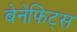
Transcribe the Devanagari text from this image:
बेनेफिट्स